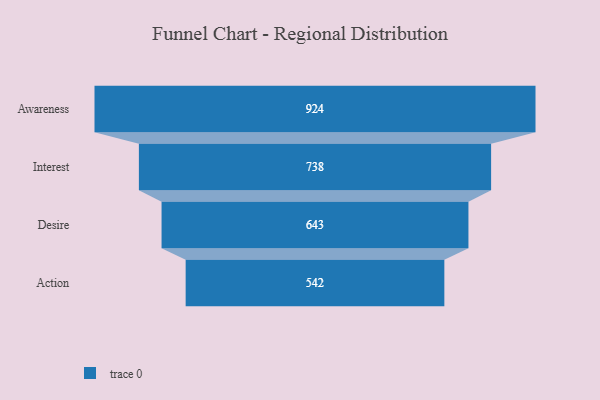
{"axis": {"x": "Stage", "y": "Value"}, "legend": [""], "data": [{"x": "Awareness", "y": 924.0, "type": ""}, {"x": "Interest", "y": 738.0, "type": ""}, {"x": "Desire", "y": 643.0, "type": ""}, {"x": "Action", "y": 542.0, "type": ""}]}